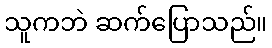
သူကဘဲ ဆက်ပြောသည်။